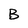
Character: B